Insane asylums Bombay 1873-77 - 1873-1877
Year: 1873
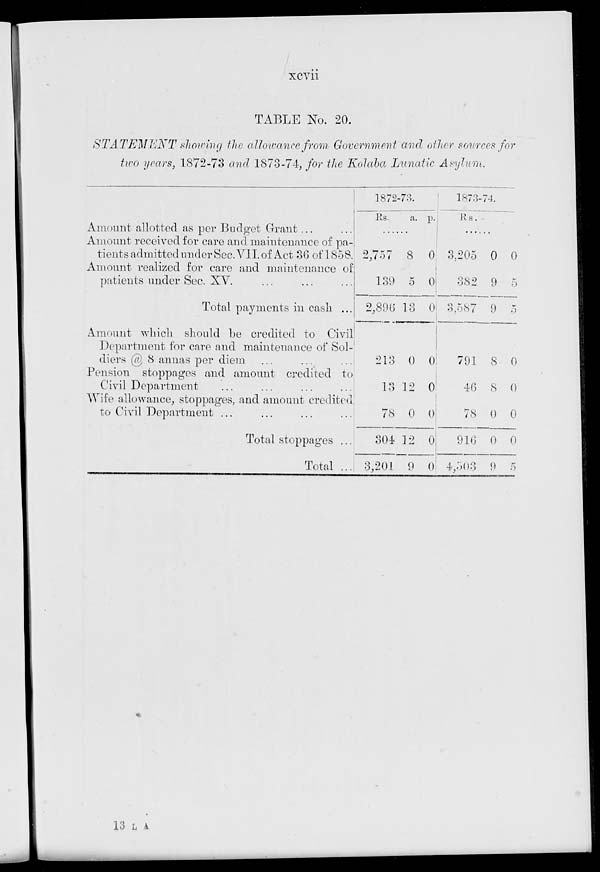
xcvii
TABLE No. 20.
STATEMENT
showing the allowance from Government and other sources for
two years, 1872-73 and 1873-74, for the Kolaba Lunatic
Asylum.
Amount allotted as per Budget Grant ... ...
Amount received for care and maintenance of pa-
tients admitted under Sec. VII. of Act 36 of 1858.
Amount realized for care and maintenance of
patients under Sec. XV. ... ... ...
Total payments in cash ...
Amount which should be credited to Civil
Department for care and maintenance of Sol-
diers @ 8 annas per diem ... ... ...
Pension stoppages and amount credited to
Civil Department ... ... ... ...
Wife allowance, stoppages, and amount credited
to Civil Department ... ... ... ...
Total stoppages ...
Total ...
1872-73.
Rs.
a. p.
......
2,757
139
2,896
213
13
78
304
3,201
8
0
13
0
12
0
12
9
0
0
0
0
0
0
0
0
1873-74.
Rs. a. p.
......
3,205
382
3,587
791
40
78
916
4,503
0
9
9
8
8
0
0
9
0
5
5
0
0
0
0
5
13 L A